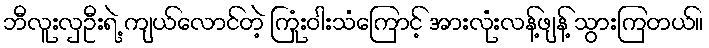
ဘီလူးလှဦးရဲ့ ကျယ်လောင်တဲ့ ကြုံးဝါးသံကြောင့် အားလုံးလန့်ဖျန့် သွားကြတယ်။